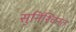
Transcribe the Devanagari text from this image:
सुनिश्चिनत